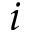
i